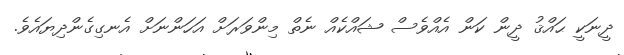
ދީނަކީ ޙައްޤު ދީން ކަން އެއްވެސް ޝައްކެއް ނެތް މިންވަރަށް އަހަންނަށް އެނގިގެންދިޔައެވެ.